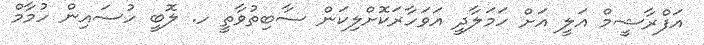
އަފްރާޝީމް އަލީ އަށް ހަމަލާދީ އަވަހާރަކޮށްލިކަން ސާބިތުވާތީ ހ. ލޮބީ ހުސައިން ހުމާމް